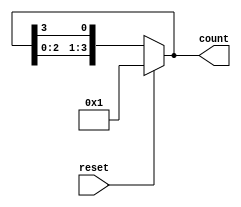
module async_ring_counter #(
    parameter N = 4  // Number of flip-flops (states)
) (
    input wire reset,  // Asynchronous reset signal
    output reg [N-1:0] count  // Output of the ring counter
);

    // Internal signal for the next state
    reg [N-1:0] next_count;

    // Asynchronous reset and state transition logic
    always @(*) begin
        if (reset) begin
            next_count = 1'b1;  // Initialize the first flip-flop to high
        end else begin
            next_count = {count[N-2:0], count[N-1]};  // Shift left and wrap around
        end
    end

    // Update the count on the next state
    always @(*) begin
        count = next_count;  // Update the count asynchronously
    end

endmodule